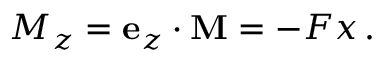
M _ { z } = \mathbf { e } _ { z } \cdot \mathbf { M } = - F x \, .